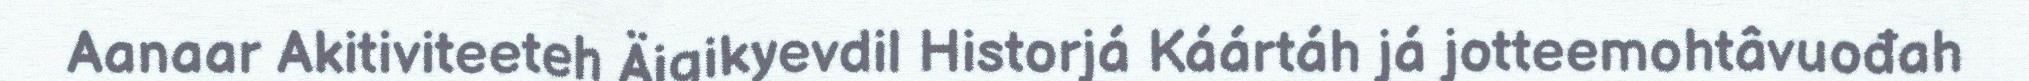
Aanaar Akitiviteeteh Äigikyevdil Historjá Káártáh já jotteemohtâvuođah